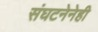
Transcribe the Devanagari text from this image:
संघटनेनेही